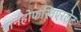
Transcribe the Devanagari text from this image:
बानहोफस्विएरलेट